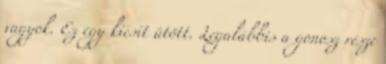
vagyok. Ez egy kicsit ütött. Legalábbis a gonosz része